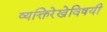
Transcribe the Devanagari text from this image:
व्यक्तिरेखेविषयी